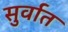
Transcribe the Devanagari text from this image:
सुर्वात